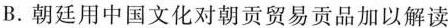
B.朝廷用中国文化对朝贡贸易贡品加以解读